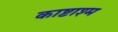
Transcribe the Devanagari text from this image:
काष्टाश्म